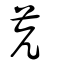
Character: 苀